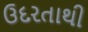
ઉદરતાથી